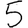
Digit: 5